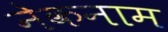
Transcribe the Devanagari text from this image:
नेकनाम